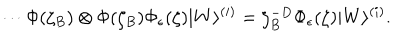
\cdots \Phi ( \zeta _ { B } ) \otimes \Phi ( \zeta _ { B } ) \Phi _ { \epsilon } ( \zeta ) | W \rangle ^ { ( i ) } = \zeta _ { B } ^ { - D } \Phi _ { \epsilon } ( \zeta ) | W \rangle ^ { ( i ) } .